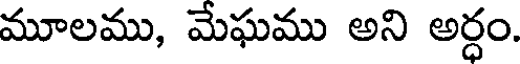
మూలము, మేఘము అని అర్ధం.